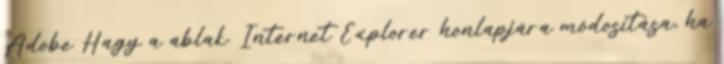
Adobe Hagy a ablak. Internet Explorer honlapjára módosítása, ha